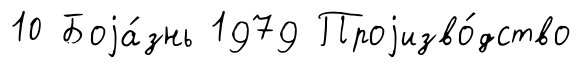
10 Боjа́знь 1979 Проjизво́дство